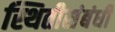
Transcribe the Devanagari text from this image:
स्थितीसंबंधी